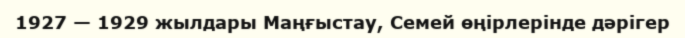
1927 — 1929 жылдары Маңғыстау, Семей өңірлерінде дәрігер